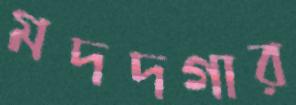
মদদগার